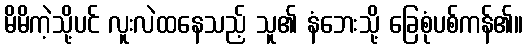
မိမိကဲ့သို့ပင် လူးလဲထနေသည့် သူ၏ နံဘေးသို့ ခြေစုံပစ်ကန်၏။